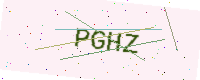
Text: PGHZ